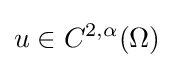
u\in C^{2,\alpha }(\Omega )